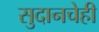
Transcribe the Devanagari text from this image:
सुदानचेही